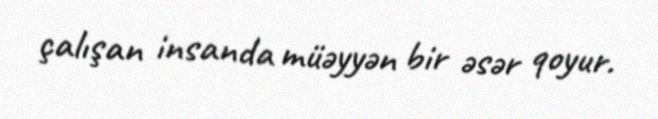
çalışan insanda müəyyən bir əsər qoyur.